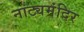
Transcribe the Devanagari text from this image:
नाट्यमंदिर